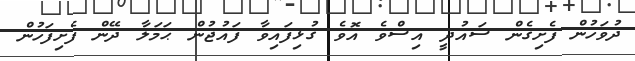
ދުވަހުން ފެށިގެން ސައުދީ އިސްވެ އޮވެ ގުޅިފައިވާ ފައުޖުން ޙަމަލާ ދޭން ފެށިފަހުން